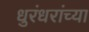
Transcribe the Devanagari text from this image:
धुरंधरांच्या